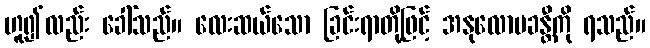
ဟူ၍လည်း ခေါ်သည်။ လေးဆယ်သော ခြင်းရာတို့ဖြင့် အနုလောမခန္တီကို ရသည်။